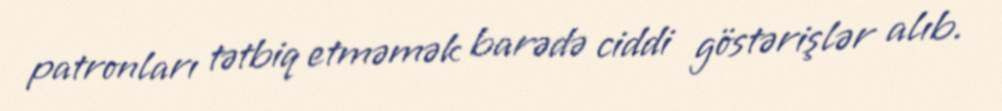
patronları tətbiq etməmək barədə ciddi göstərişlər alıb.